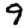
Digit: 9